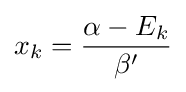
x_{k}={\frac {\alpha -E_{k}}{\beta '}}